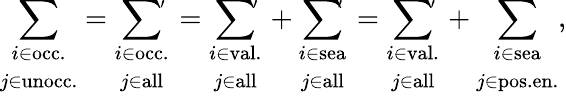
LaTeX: \sum_{\begin{array}{c}{{\scriptstyle i\in\mathrm{occ.}}}\\ {{\scriptstyle j\in\mathrm{unocc.}}}\end{array}}=\sum_{\begin{array}{c}{{\scriptstyle i\in\mathrm{occ.}}}\\ {{\scriptstyle j\in\mathrm{all}}}\end{array}}\! \! \! {}^{'}\, =\sum_{\begin{array}{c}{{\scriptstyle i\in\mathrm{val.}}}\\ {{\scriptstyle j\in\mathrm{all}}}\end{array}}\! \! \! {}^{'}\, +\sum_{\begin{array}{c}{{\scriptstyle i\in\mathrm{sea}}}\\ {{\scriptstyle j\in\mathrm{all}}}\end{array}}\! \! \! {}^{'}\, =\sum_{\begin{array}{c}{{\scriptstyle i\in\mathrm{val.}}}\\ {{\scriptstyle j\in\mathrm{all}}}\end{array}}\! \! \! {}^{'}\, +\sum_{\begin{array}{c}{{\scriptstyle i\in\mathrm{sea}}}\\ {{\scriptstyle j\in\mathrm{pos.en.}}}\end{array}},